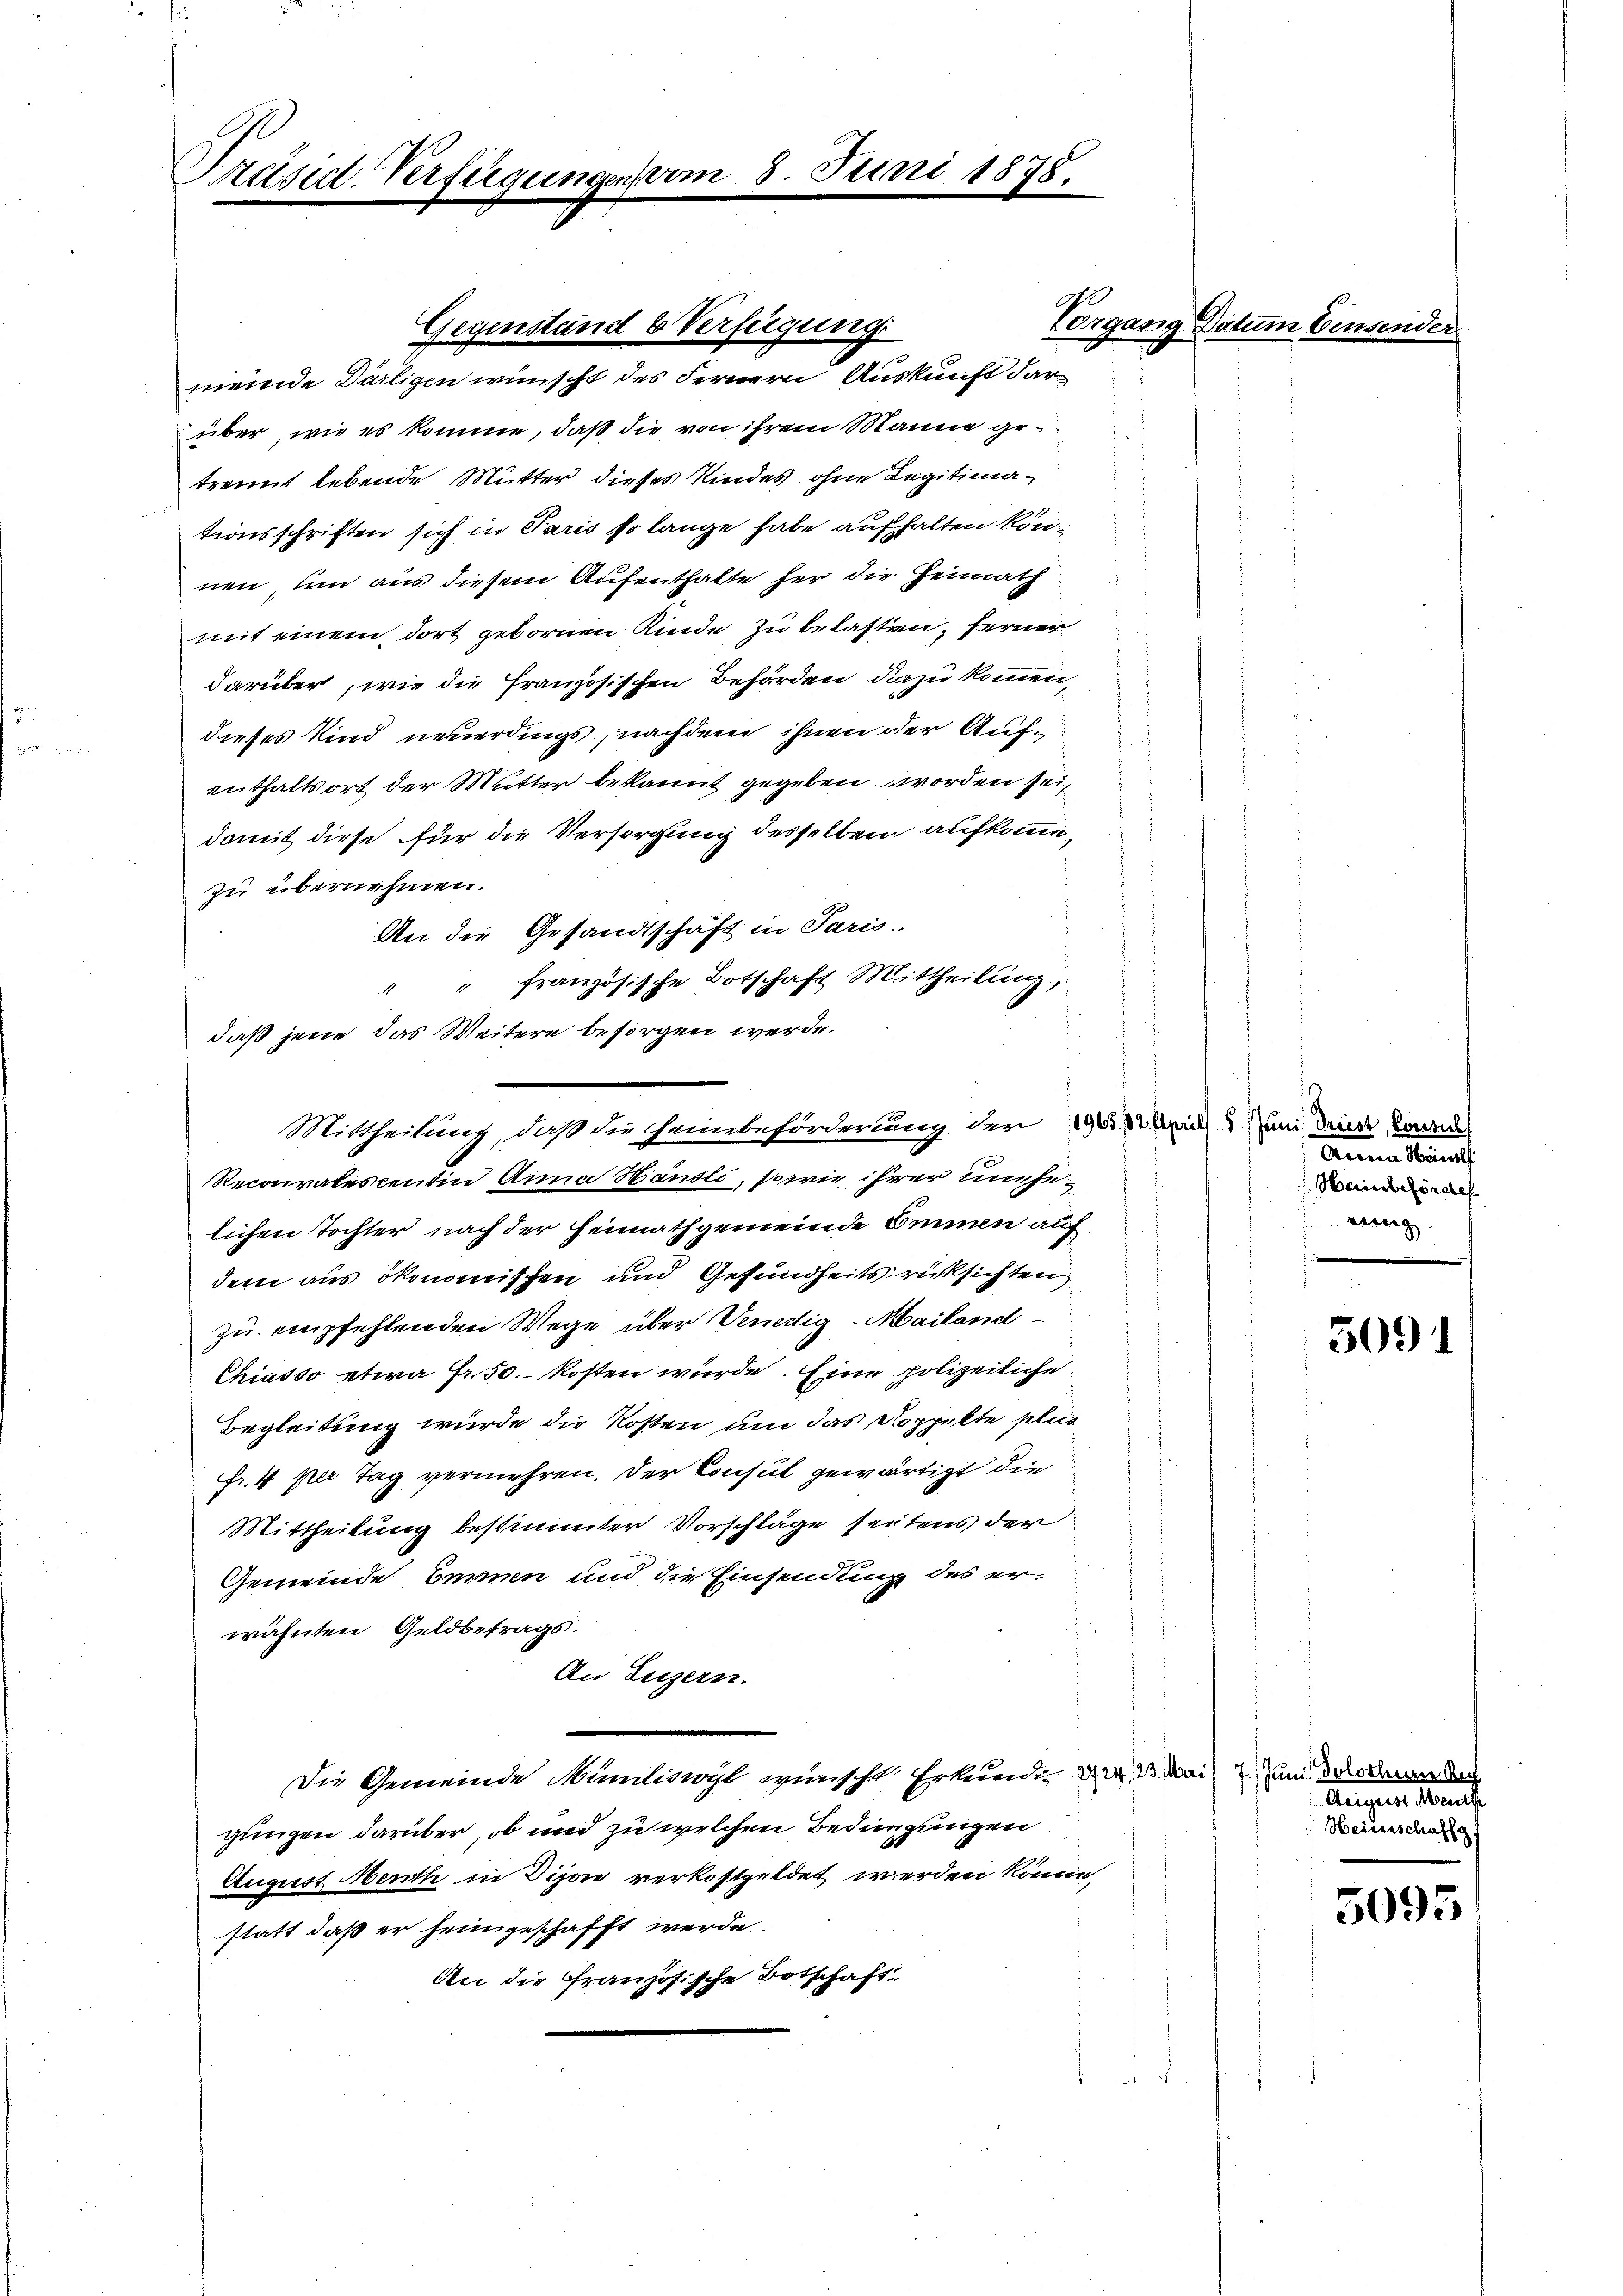
Präsid. Verfügung

über, wie es komme, daß die von ihrem Manne getrennt lebende Mutter dieses Kindes ohne Legitimationsschriften sich in Paris so lange habe aufhalten können, um aus diesem Aufenthalte her die Heimath
mit einem dort gebornen Kinde zu belasten, ferner
darüber, wie die französischen Behörden dazu kommen,
dieses Kind neuerdings, nachdem ihnen der Aufenthaltsort der Mutter bekannt gegeben worden seidamit diese für die Versorgung desselben aufkommezu übernehmen.
An die Gesandtschäft in Paris.
französische Botschaft Mittheilung,
1
1
daß jene das Weitere besorgen werde.

Juni 1878.

Gegenstand b Verfügung
meinde Darligen wünscht des Fernern Auskunft dar¬

Vorgang Datum Ein¬

Mittheilung, daß die Heinbeforderung der 196, 13 April 1. Juni die konnte

Recoratescentin Anna Händli, sowie ihrer unselichen Tochter nach der Heimathgemeinde Emmen auf
dem aus ökonomischen und Gesundheits rücksichten
zu empfehlenden Wege über Venedig-Mailand-
Chiasso etwa Fr. 50. kosten würde. Eine polizeiliche
Begleitung wurde die Kosten um das Doppelte plus
Fr. 4 per Tag vermehren. Der Consul gewärtigt die
Mittheilung bestimmter Vorschläge seitens der
Gemeinde Bennen und die Einsendung des er-
wähnten Geldbetrags.
An Luzern.
Die Gemeinde Mamliswyl wünscht Erkunde d. d. d. Mai um dokumen
gungen darüber, ob und zu welchen Bedingungen
August Menth in Dipor verkostgeldet werden könne,
statt, daß er hein geschafft werde.
An die Französische Botschaft

Anna Män
Hainbehörde
einnig.

5091

Augen darauf
Heiusschaffg

5095